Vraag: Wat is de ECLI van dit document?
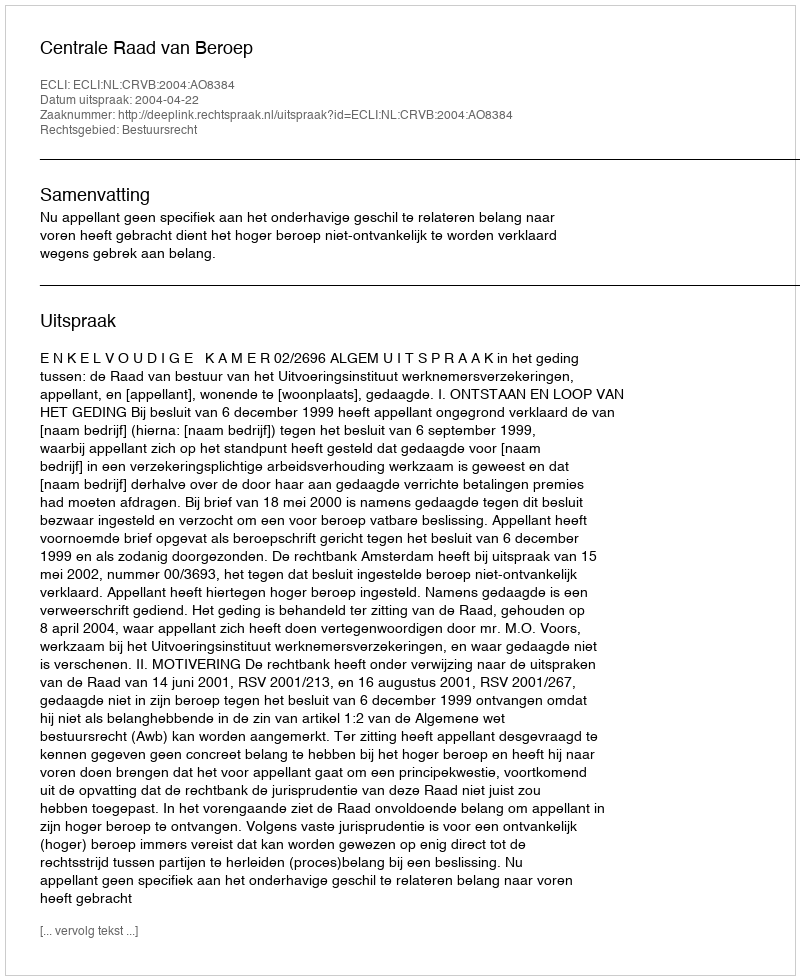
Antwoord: ECLI:NL:CRVB:2004:AO8384